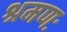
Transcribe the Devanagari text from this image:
श्रमणः